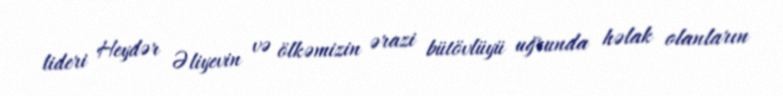
lideri Heydər Əliyevin və ölkəmizin ərazi bütövlüyü uğrunda həlak olanların